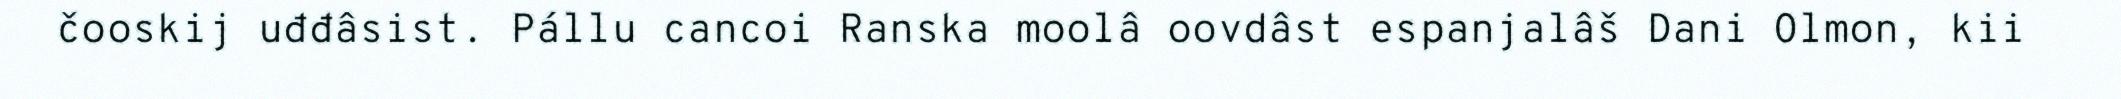
čooskij uđđâsist. Pállu cancoi Ranska moolâ oovdâst espanjalâš Dani Olmon, kii